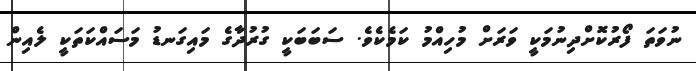
ނުވަތަ ފޯރުކޮށްދިނުމަކީ ވަރަށް މުހިއްމު ކަމެކެވެ. ސަބަބަކީ ގުރުދާގެ މައިގަނޑު މަސައްކަތަކީ ލެއިން